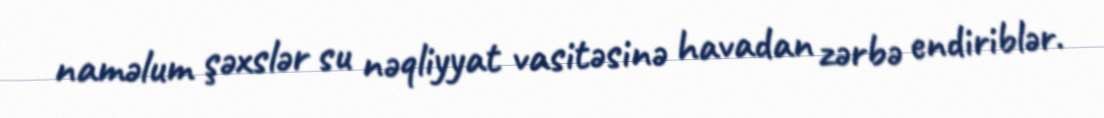
naməlum şəxslər su nəqliyyat vasitəsinə havadan zərbə endiriblər.